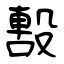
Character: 毄